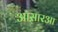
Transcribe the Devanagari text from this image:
आस़ारआ